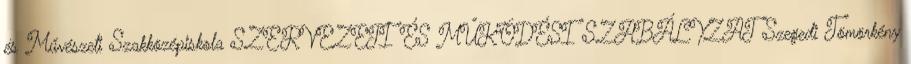
és Művészeti Szakközépiskola SZERVEZETI ÉS MŰKÖDÉSI SZABÁLYZAT Szegedi Tömörkény